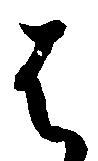
は